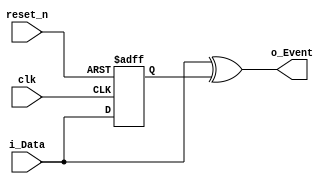


/*    (    )

   :    (., - &  )
 
     : ://../@

      : ://..//---7929712/

        : ://..//-----101247/ 

*/

// Code your design here

module event_detector_async(

		input     clk,
		input     reset_n,
		input     i_Data,
		output    o_Event
    );

reg r_ff;   // Declare internal variables 

always @(posedge clk or negedge reset_n) // Register the i_Data
	begin
          if(!reset_n)
		r_ff <= 1'b0;
	  else
		r_ff <= i_Data;
	end
 assign o_Event = (i_Data)^(r_ff); // o_Event Generation
endmodule